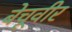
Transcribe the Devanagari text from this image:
बेचूवीर